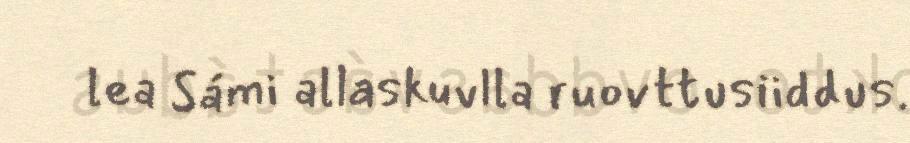
lea Sámi allaskuvlla ruovttusiiddus.